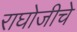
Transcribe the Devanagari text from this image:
राघोजीचे